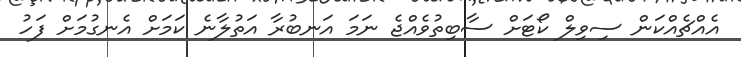
އެއްޗެއްކަން ސިވިލް ކޯޓަށް ސާބިތުވެއްޖެ ނަމަ އަނބުރާ އަތުލާނެ ކަމަށް އެނގުމަށް ފަހު